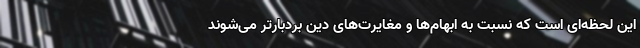
این لحظه‌ای است که نسبت به ابهام‌ها و مغایرت‌های دین بردبارتر می‌شوند